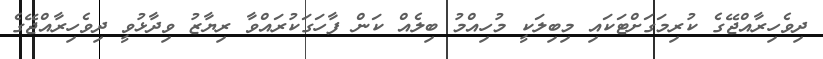
ދިވެހިރާއްޖޭގެ ކުރިމަގަށްޓަކައި މިބިލަކީ މުހިއްމު ބިލެއް ކަން ފާހަގަކުރައްވާ ރިޔާޒު ވިދާޅުވީ ދިވެހިރާއްޖޭގެ